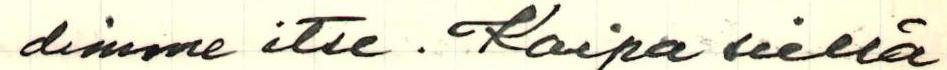
dimme itse. Kaipa siellä